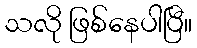
သလို ဖြစ်နေပါပြီ။